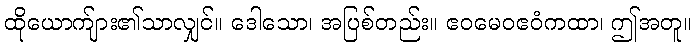
ထိုယောက်ျား၏သာလျှင်။ ဒေါသော၊ အပြစ်တည်း။ ဧဝမေဝဧဝံကထာ၊ ဤအတူ။